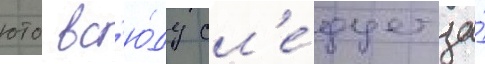
юто вс'ю́ду сл'е́дует за́